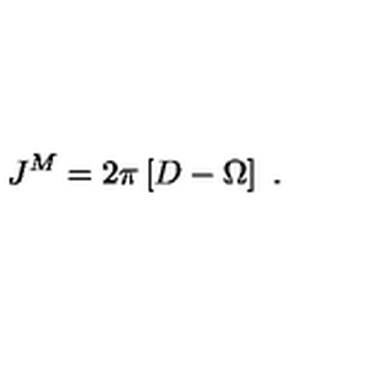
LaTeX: J ^ { M } = 2 \pi \left[ D - \Omega \right] \ .